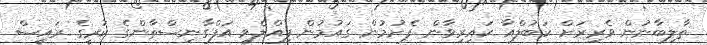
ތާލިބާނުން ވެރިރަށް ކަބުލްއާ ކައިރިވާން ފެށުމުން ގައުމުން ފިއްލެވި އަފްގާނިސްތާންގެ ކުރީގެ ރައީސް